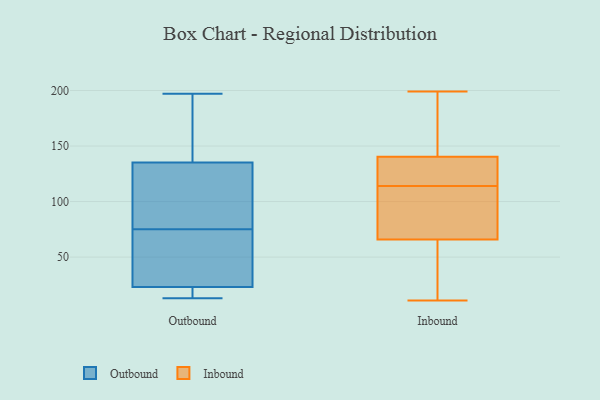
{"axis": {"x": "Customer Acquisition Cost (USD)", "y": "Value"}, "legend": ["Inbound", "Outbound"], "data": [{"x": "", "y": 13, "type": "Outbound"}, {"x": "", "y": 110, "type": "Outbound"}, {"x": "", "y": 21, "type": "Outbound"}, {"x": "", "y": 139, "type": "Outbound"}, {"x": "", "y": 29, "type": "Outbound"}, {"x": "", "y": 17, "type": "Outbound"}, {"x": "", "y": 145, "type": "Outbound"}, {"x": "", "y": 72, "type": "Outbound"}, {"x": "", "y": 197, "type": "Outbound"}, {"x": "", "y": 31, "type": "Outbound"}, {"x": "", "y": 75, "type": "Outbound"}, {"x": "", "y": 133, "type": "Outbound"}, {"x": "", "y": 16, "type": "Outbound"}, {"x": "", "y": 136, "type": "Outbound"}, {"x": "", "y": 129, "type": "Outbound"}, {"x": "", "y": 163, "type": "Inbound"}, {"x": "", "y": 124, "type": "Inbound"}, {"x": "", "y": 114, "type": "Inbound"}, {"x": "", "y": 107, "type": "Inbound"}, {"x": "", "y": 128, "type": "Inbound"}, {"x": "", "y": 106, "type": "Inbound"}, {"x": "", "y": 114, "type": "Inbound"}, {"x": "", "y": 187, "type": "Inbound"}, {"x": "", "y": 26, "type": "Inbound"}, {"x": "", "y": 199, "type": "Inbound"}, {"x": "", "y": 150, "type": "Inbound"}, {"x": "", "y": 15, "type": "Inbound"}, {"x": "", "y": 79, "type": "Inbound"}, {"x": "", "y": 104, "type": "Inbound"}, {"x": "", "y": 137, "type": "Inbound"}, {"x": "", "y": 11, "type": "Inbound"}, {"x": "", "y": 20, "type": "Inbound"}]}